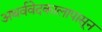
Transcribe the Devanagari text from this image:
अथर्ववेदकालापासून